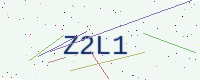
Text: Z2L1